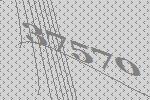
37570